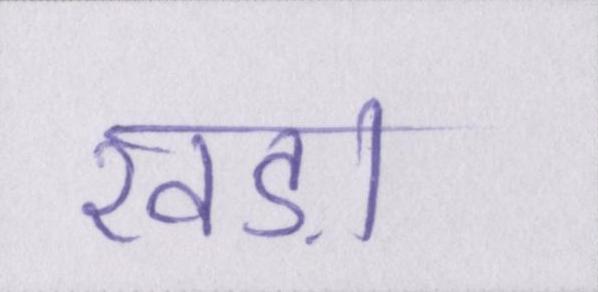
खड़ा